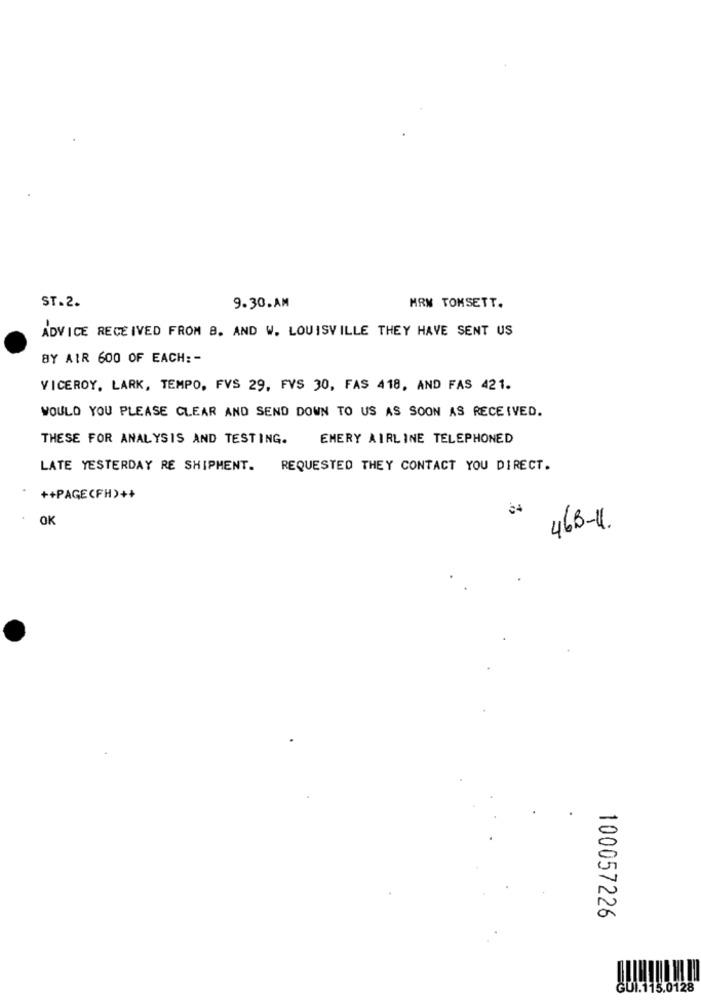
ST.2.
9.30.AM
MRN TOMSETT.
ADVICE RECEIVED FROM 8. AND W. LOUISVILLE THEY HAVE SENT US
BY AIR 600 OF EACH: -
VICEROY, LARK, TEMPO, FVS 29, FVS 30, FAS 418, AND FAS 421.
WOULD YOU PLEASE CLEAR AND SEND DOWN TO US AS SOON AS RECEIVED.
THESE FOR ANALYSIS AND TESTING.
EMERY AIRLINE TELEPHONED
LATE YESTERDAY RE SHIPMENT.
REQUESTED THEY CONTACT YOU DIRECT.
++PAGE (FH)++
OK
463-46
100057226
GUI.115.0128